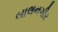
બાલનગીર